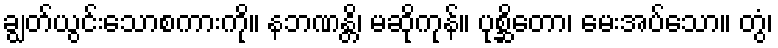
ချွတ်ယွင်းသောစကားကို။ နဘဏန္တိ၊ မဆိုကုန်။ ပုစ္ဆိတော၊ မေးအပ်သော။ တွံ၊